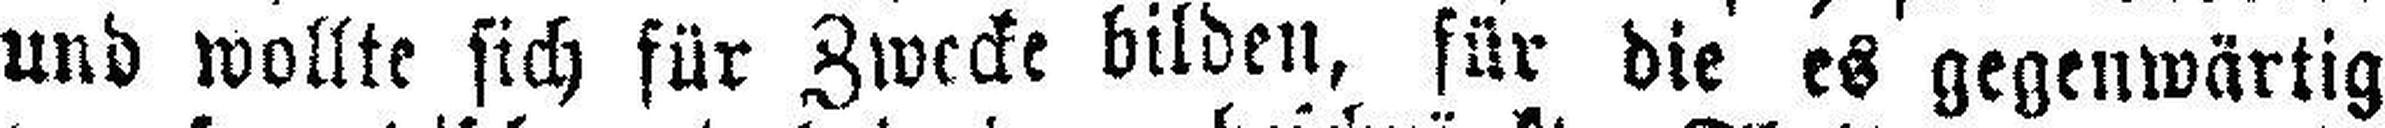
und wollte sich für Zwecke bilden, für die es gegenwärtig